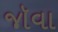
જૉવા